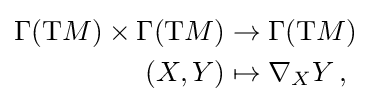
{\begin{aligned}\Gamma (\mathrm {T} M)\times \Gamma (\mathrm {T} M)&\rightarrow \Gamma (\mathrm {T} M)\\(X,Y)&\mapsto \nabla _{X}Y\,,\end{aligned}}